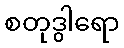
စတုဒွါရော